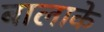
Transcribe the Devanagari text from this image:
बालाके